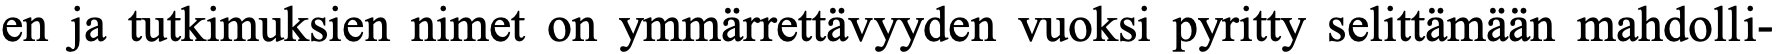
en ja tutkimuksien nimet on ymmärrettävyyden vuoksi pyritty selittämään mahdolli-